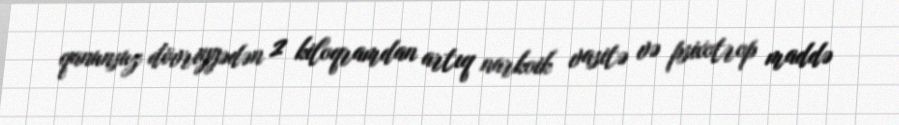
qanunsuz dövriyyədən 2 kiloqramdan artıq narkoik vasitə və psixotrop maddə